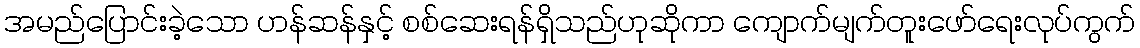
အမည်ပြောင်းခဲ့သော ဟန်ဆန်နှင့် စစ်ဆေးရန်ရှိသည်ဟုဆိုကာ ကျောက်မျက်တူးဖော်ရေးလုပ်ကွက်